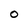
Character: 0